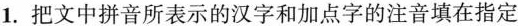
1.把文中拼音所表示的汉字和加点字的注音填在指定